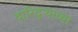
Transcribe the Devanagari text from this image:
दारिद्ऱ्याच्या